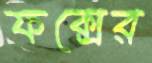
ফক্সের